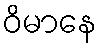
ဝိမာနေ